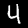
Label: 4